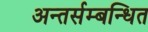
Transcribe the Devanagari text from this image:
अन्तर्सम्बन्धित